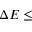
\Delta E \le